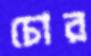
চোর